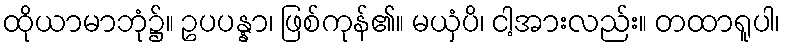
ထိုယာမာဘုံ၌။ ဥပပန္နာ၊ ဖြစ်ကုန်၏။ မယှံပိ၊ ငါ့အားလည်း။ တထာရူပါ၊